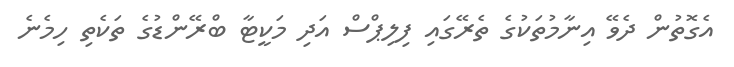
އެގޮތުން ދެވޭ އިނާމުތަކުގެ ތެރޭގައި ފިލިޕްސް އަދި މަކީޓާ ބްރޭންޑުގެ ތަކެތި ހިމެނެ